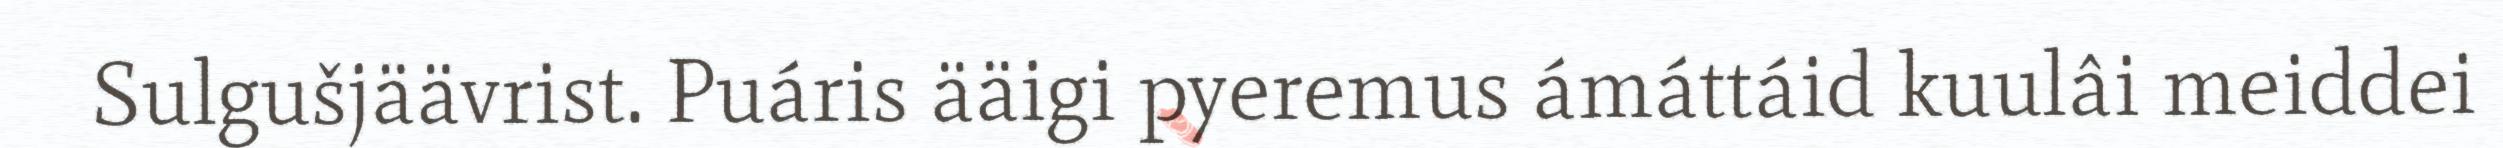
Sulgušjäävrist. Puáris ääigi pyeremus ámáttáid kuulâi meiddei